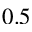
0 . 5